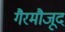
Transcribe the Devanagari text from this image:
गैरमौजूद